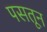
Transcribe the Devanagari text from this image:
पसतून